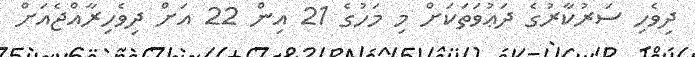
ދިވެހި ސަރުކާރުގެ ދަޢުވަތަކަށް މި މަހުގެ 21 އިން 22 އަށް ދިވެހިރާއްޖެއަށް